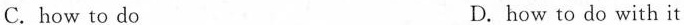
C.how to do D.how to do with it